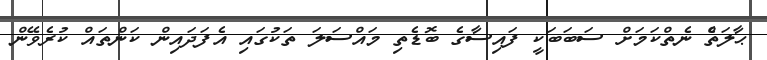
ޙާލަތެް ނެތްކަމަށް ސަބަބަކީ ފައިސާގެ ބޮޑެތި މައްސަލަ ތަކުގައި އެފަދައިން ކަންތައް ކުރެވޭން